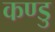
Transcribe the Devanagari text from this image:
कण्डु